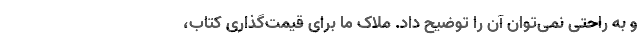
و به راحتی نمی‌توان آن را توضیح داد. ملاک ما برای قیمت‌گذاری کتاب،